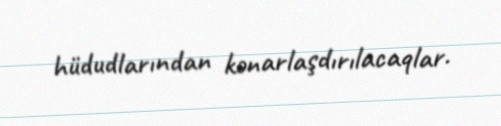
hüdudlarından kənarlaşdırılacaqlar.